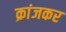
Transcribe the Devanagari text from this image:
क्रांजकर